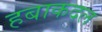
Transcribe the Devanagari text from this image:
हबाकदल